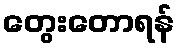
တွေးတောရန်